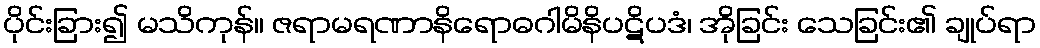
ပိုင်းခြား၍ မသိကုန်။ ဇရာမရဏာနိရောဓဂါမိနိပဋိပဒံ၊ အိုခြင်း သေခြင်း၏ ချုပ်ရာ